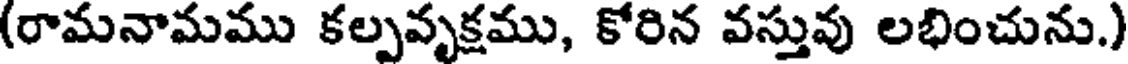
(రామనామము కల్పవృక్షము, కోరిన వస్తువు లభించును.)